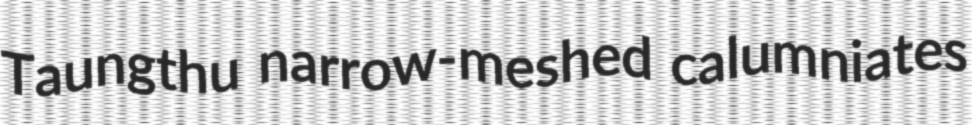
Taungthu narrow-meshed calumniates